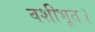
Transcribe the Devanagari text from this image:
वशीभूत।